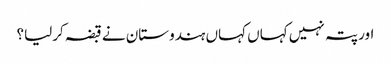
اور پتہ نہیں کہاں کہاں ہندوستان نے قبضہ کرلیا؟